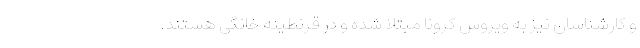
و کارشناسان نیز به ویروس کرونا مبتلا شده‌ و در قرنطینه خانگی هستند.